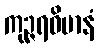
ကုဉ္ဇရဝိမာနံ